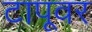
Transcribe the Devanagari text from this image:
टापूवर